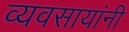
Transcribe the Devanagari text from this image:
व्यवसायांनी